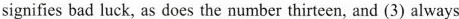
signifies bad luck, as does the number thirteen, and (3) always